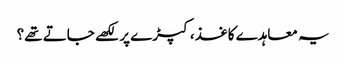
یہ معاہدے کاغذ، کپڑے پر لکھے جاتے تھے؟